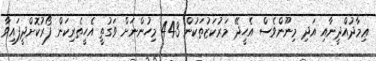
ޢިމާދުއްދީނާއި އަދި މިނޫންވެސް އެހީދޭ މަރުކަޒުތަކުން 443 މިހުންނަށް ވަގުތީ އެހީތެރިކަން ފޯރުކޮށްދީފައިވާ